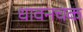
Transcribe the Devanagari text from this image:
धावनचक